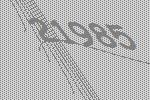
21985